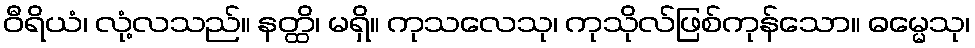
ဝီရိယံ၊ လုံ့လသည်။ နတ္ထိ၊ မရှိ။ ကုသလေသု၊ ကုသိုလ်ဖြစ်ကုန်သော။ ဓမ္မေသု၊